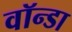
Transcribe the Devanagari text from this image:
वॉन्डा